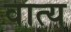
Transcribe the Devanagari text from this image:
वात्य